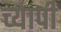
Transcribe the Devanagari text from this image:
च्यापी